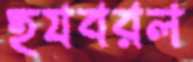
হযবরল